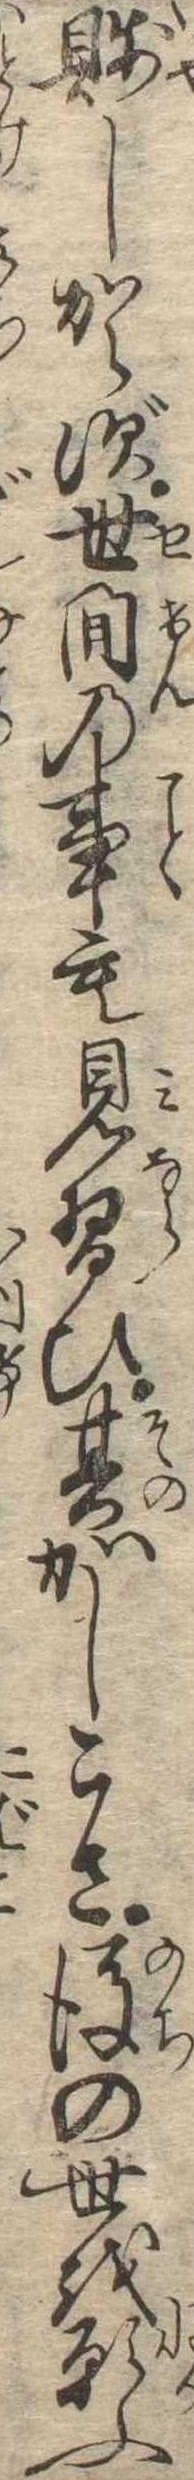
賎しからず世間の事も見習ひ其かしこさ後の世を願ふ